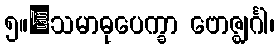
၅။	သမာဓုပေက္ခာ ဗောဇ္ဈင်္ဂါ၊